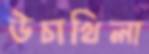
উচাখিলা